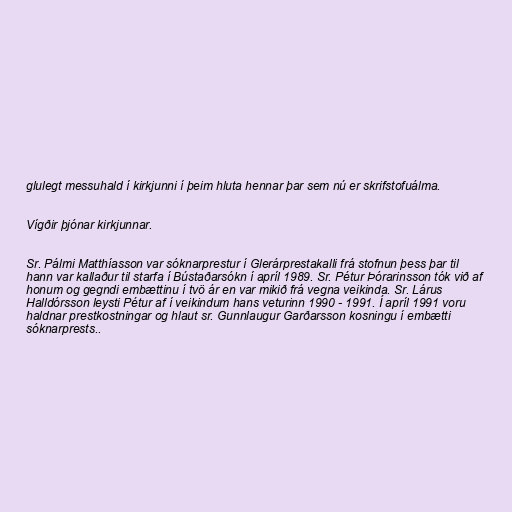
glulegt messuhald í kirkjunni í þeim hluta hennar þar sem nú er skrifstofuálma.

Vígðir þjónar kirkjunnar.

Sr. Pálmi Matthíasson var sóknarprestur í Glerárprestakalli frá stofnun þess þar til
hann var kallaður til starfa í Bústaðarsókn í apríl 1989. Sr. Pétur Þórarinsson tók við af
honum og gegndi embættinu í tvö ár en var mikið frá vegna veikinda. Sr. Lárus
Halldórsson leysti Pétur af í veikindum hans veturinn 1990 - 1991. Í apríl 1991 voru
haldnar prestkostningar og hlaut sr. Gunnlaugur Garðarsson kosningu í embætti
sóknarprests..